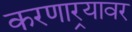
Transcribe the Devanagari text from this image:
करणार्‍यावर